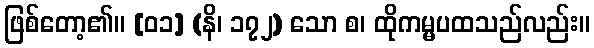
ဖြစ်တော့၏။ [၀၁] (နိ၊ ၁၇၂) သော စ၊ ထိုကမ္မပထသည်လည်း။